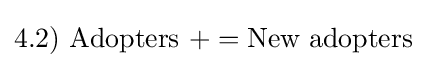
4.2)\ {\mbox{Adopters}}\ +={\mbox{New adopters }}